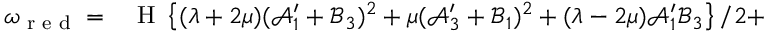
\begin{array} { r l } { \omega _ { \textup { r e d } } = } & { { } \textup { H } \left\{ ( \lambda + 2 \mu ) ( \mathcal { A } _ { 1 } ^ { \prime } + \mathcal { B } _ { 3 } ) ^ { 2 } + \mu ( \mathcal { A } _ { 3 } ^ { \prime } + \mathcal { B } _ { 1 } ) ^ { 2 } + ( \lambda - 2 \mu ) \mathcal { A } _ { 1 } ^ { \prime } \mathcal { B } _ { 3 } \right\} / 2 + } \end{array}